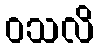
ဝသလိ